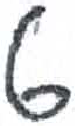
אות: ט